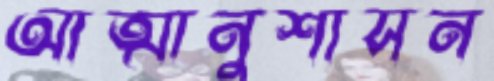
আত্মানুশাসন